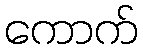
ကောက်